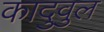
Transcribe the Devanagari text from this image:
कादुवुल